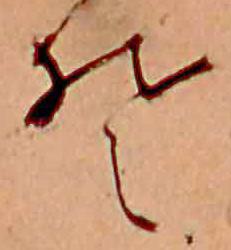
そ